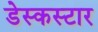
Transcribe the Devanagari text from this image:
डेस्कस्टार